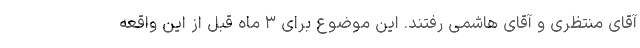
آقای منتظری و آقای هاشمی رفتند. این موضوع برای ۳ ماه قبل از این واقعه